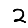
Digit: 2